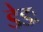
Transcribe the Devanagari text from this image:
डेडः